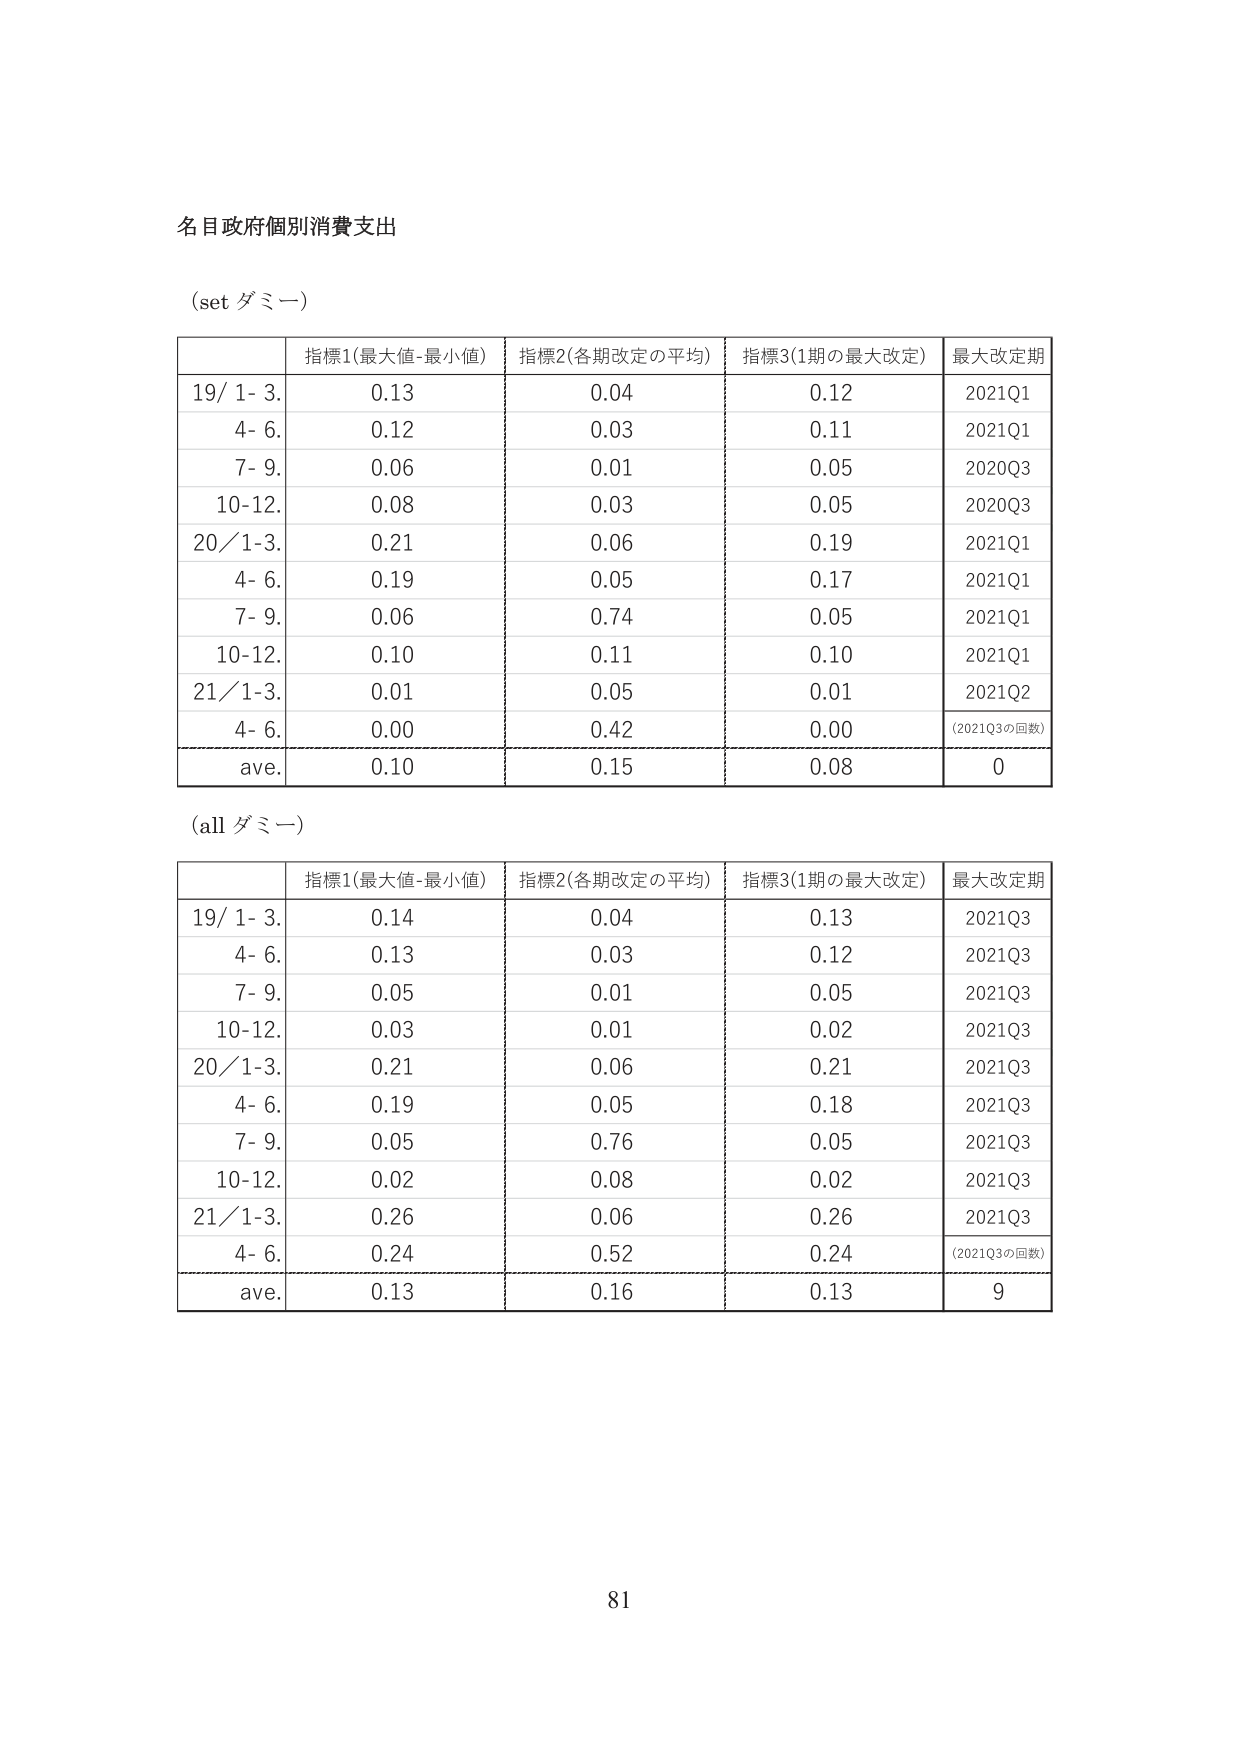
名目政府個別消費支出

(set ダミー)

| | 指標1(最大値-最小値) | 指標2(各期改定の平均) | 指標3(1期の最大改定) | 最大改定期 |
|---|---|---|---|---|
| 19/ 1- 3. | 0.13 | 0.04 | 0.12 | 2021Q1 |
| 4- 6. | 0.12 | 0.03 | 0.11 | 2021Q1 |
| 7- 9. | 0.06 | 0.01 | 0.05 | 2020Q3 |
| 10-12. | 0.08 | 0.03 | 0.05 | 2020Q3 |
| 20/ 1-3. | 0.21 | 0.06 | 0.19 | 2021Q1 |
| 4- 6. | 0.19 | 0.05 | 0.17 | 2021Q1 |
| 7- 9. | 0.06 | 0.74 | 0.05 | 2021Q1 |
| 10-12. | 0.10 | 0.11 | 0.10 | 2021Q1 |
| 21/ 1-3. | 0.01 | 0.05 | 0.01 | 2021Q2 |
| 4- 6. | 0.00 | 0.42 | 0.00 | (2021Q3の回数) |
| ave. | 0.10 | 0.15 | 0.08 | 0 |

(all ダミー)

| | 指標1(最大値-最小値) | 指標2(各期改定の平均) | 指標3(1期の最大改定) | 最大改定期 |
|---|---|---|---|---|
| 19/ 1- 3. | 0.14 | 0.04 | 0.13 | 2021Q3 |
| 4- 6. | 0.13 | 0.03 | 0.12 | 2021Q3 |
| 7- 9. | 0.05 | 0.01 | 0.05 | 2021Q3 |
| 10-12. | 0.03 | 0.01 | 0.02 | 2021Q3 |
| 20/ 1-3. | 0.21 | 0.06 | 0.21 | 2021Q3 |
| 4- 6. | 0.19 | 0.05 | 0.18 | 2021Q3 |
| 7- 9. | 0.05 | 0.76 | 0.05 | 2021Q3 |
| 10-12. | 0.02 | 0.08 | 0.02 | 2021Q3 |
| 21/ 1-3. | 0.26 | 0.06 | 0.26 | 2021Q3 |
| 4- 6. | 0.24 | 0.52 | 0.24 | (2021Q3の回数) |
| ave. | 0.13 | 0.16 | 0.13 | 9 |

81